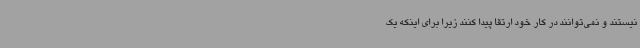
نیستند و نمی‌توانند در کار خود ارتقا پیدا کنند زیرا برای اینکه یک